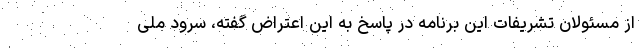
از مسئولان تشریفات این برنامه در پاسخ به این اعتراض گفته‌، سرود ملی